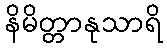
နိမိတ္တာနုသာရိ